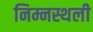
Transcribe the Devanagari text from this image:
निम्नस्थली